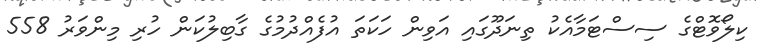
ކިލޯވޮޓްގެ ސިސްޓަމާއެކު ތިނަދޫގައި އަވިން ހަކަތަ އުފެއްދުމުގެ ގާބިލުކަން ހުރި މިންވަރު 558